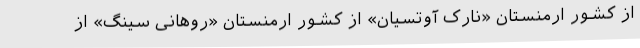
از کشور ارمنستان «نارک آوتسیان» از کشور ارمنستان «روهانی سینگ» از